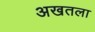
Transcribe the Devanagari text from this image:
अखतला